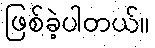
ဖြစ်ခဲ့ပါတယ်။